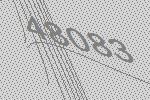
48083